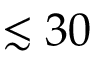
\lesssim 3 0